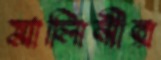
মালিনীর